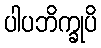
ပါပဘိက္ခုပိ